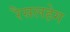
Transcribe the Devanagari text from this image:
रैसलहेग